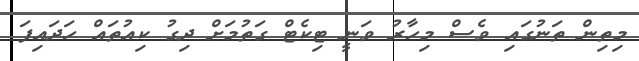
މިތިން ތަނުގައި ވެސް މިހާރު ވަނީ ޓިކެޓް ގަތުމަށް ދިގު ކިއުތައް ހަދައިފަ